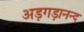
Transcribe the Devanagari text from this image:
अड़गड़ानन्द